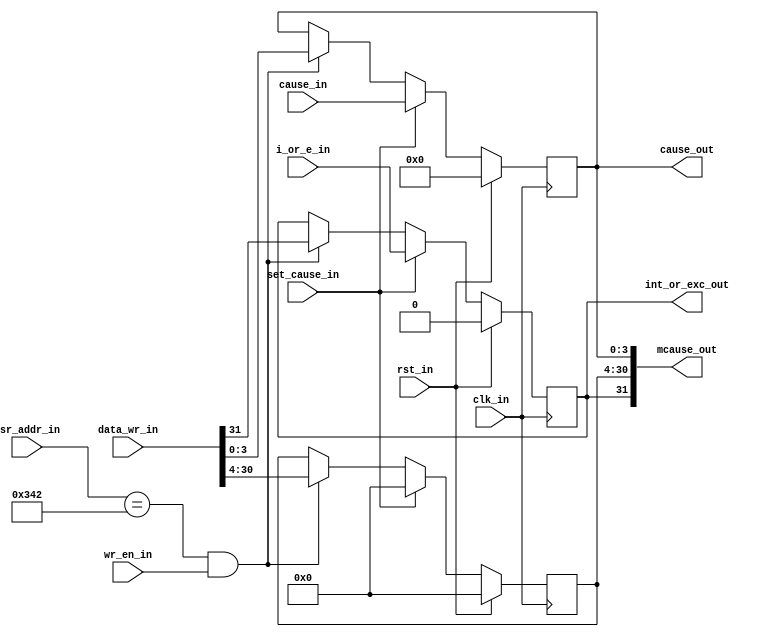
`timescale 1ns / 1ps

module mcause_reg( input             clk_in,rst_in,set_cause_in,i_or_e_in,wr_en_in,
                   input      [3:0 ] cause_in,
                   input      [31:0] data_wr_in,
                   input      [11:0] csr_addr_in,
                   output     [31:0] mcause_out,
                   output reg [3:0 ] cause_out,
                   output reg        int_or_exc_out
);

   parameter MCAUSE =  12'h342;

   reg  [26:0] cause_rem;   //remaining bits of mcause register

   assign mcause_out = {int_or_exc_out, cause_rem, cause_out};
   always @(posedge clk_in)
   begin
      if(rst_in)
      begin
         cause_out <= 4'b0000;
         cause_rem <= 27'b0;
         int_or_exc_out <= 1'b0;
      end
      else if(set_cause_in)
      begin
         cause_out <= cause_in;
         cause_rem <= 27'b0;
         int_or_exc_out <= i_or_e_in;
      end
      else if(csr_addr_in == MCAUSE && wr_en_in)
      begin
         cause_out <= data_wr_in[3:0];
         cause_rem <= data_wr_in[30:4];
         int_or_exc_out <= data_wr_in[31];

      end
   end
endmodule